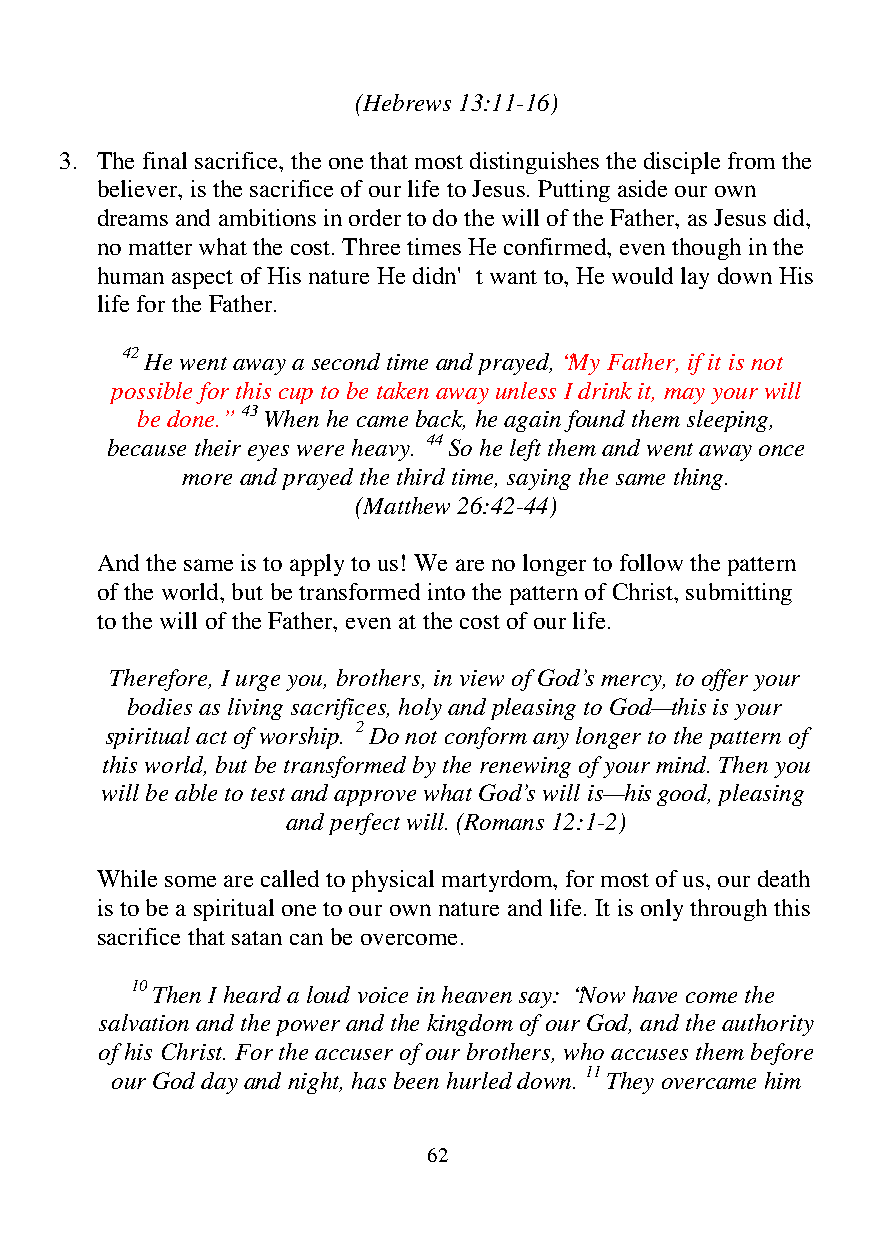
(Hebrews 13:11-16)
 3. The final sacrifice, the one that most distinguishes the disciple from the
 believer, is the sacrifice of our life to Jesus. Putting aside our own
 dreams and ambitions in order to do the will of the Father, as Jesus did,
 no matter what the cost. Three times He confirmed, even though in the
 human aspect of His nature He didn't want to, He would lay down His
 life for the Father.
 42 He went away a second time and prayed, “My Father, if it is not
 possible for this cup to be taken away unless I drink it, may your will
 be done.” 43 When he came back, he again found them sleeping,
 because their eyes were heavy. 44 So he left them and went away once
 more and prayed the third time, saying the same thing.
 (Matthew 26:42-44)
 And the same is to apply to us! We are no longer to follow the pattern
 of the world, but be transformed into the pattern of Christ, submitting
 to the will of the Father, even at the cost of our life.
 Therefore, I urge you, brothers, in view of God’s mercy, to offer your
 bodies as living sacrifices, holy and pleasing to God—this is your
 spiritual act of worship. 2 Do not conform any longer to the pattern of
 this world, but be transformed by the renewing of your mind. Then you
 will be able to test and approve what God’s will is—his good, pleasing
 and perfect will. (Romans 12:1-2)
 While some are called to physical martyrdom, for most of us, our death
 is to be a spiritual one to our own nature and life. It is only through this
 sacrifice that satan can be overcome.
 10 Then I heard a loud voice in heaven say: “Now have come the
 salvation and the power and the kingdom of our God, and the authority
 of his Christ. For the accuser of our brothers, who accuses them before
 our God day and night, has been hurled down. 11 They overcame him
 62